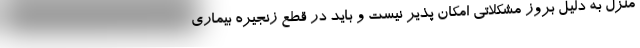
منزل به دلیل بروز مشکلاتی امکان پذیر نیست و باید در قطع زنجیره بیماری